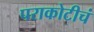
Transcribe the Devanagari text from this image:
पराकोटीचं